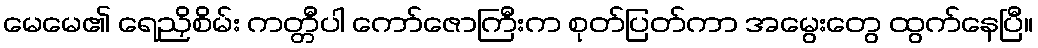
မေမေ၏ ရေညှိစိမ်း ကတ္တီပါ ကော်ဇောကြီးက စုတ်ပြတ်ကာ အမွေးတွေ ထွက်နေပြီ။